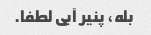
بله، پنیر آبی لطفا.